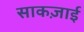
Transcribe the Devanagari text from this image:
साकज़ाई